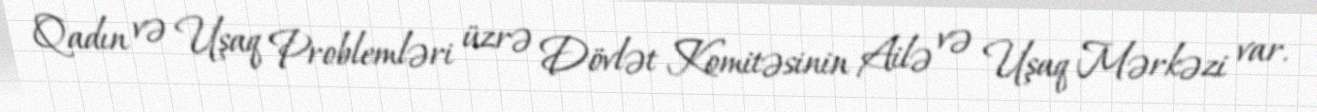
Qadın və Uşaq Problemləri üzrə Dövlət Komitəsinin Ailə və Uşaq Mərkəzi var.